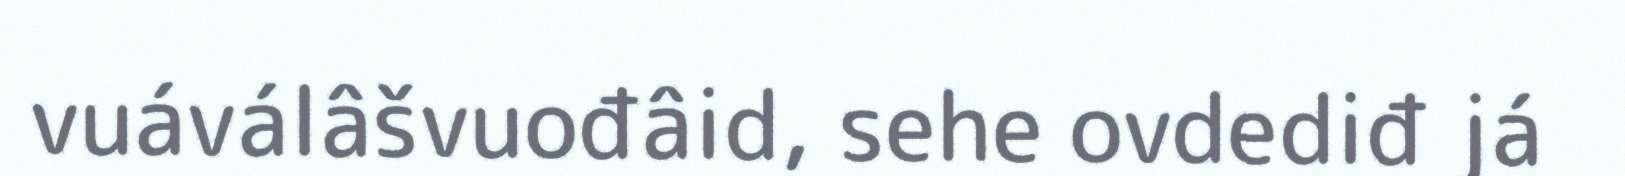
vuáválâšvuođâid, sehe ovdediđ já